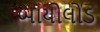
બાયોલોડ